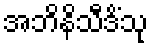
အဘိနိသီဒိံသု